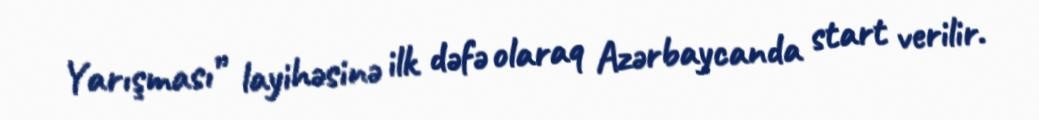
Yarışması” layihəsinə ilk dəfə olaraq Azərbaycanda start verilir.